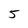
Character: 5